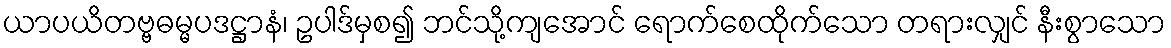
ယာပယိတဗ္ဗဓမ္မပဒဋ္ဌာနံ၊ ဥပါဒ်မှစ၍ ဘင်သို့ကျအောင် ရောက်စေထိုက်သော တရားလျှင် နီးစွာသော